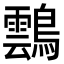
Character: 𪆚